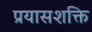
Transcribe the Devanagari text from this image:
प्रयासशक्ति